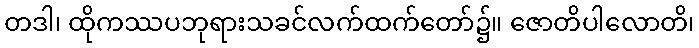
တဒါ၊ ထိုကဿပဘုရားသခင်လက်ထက်တော်၌။ ဇောတိပါလောတိ၊